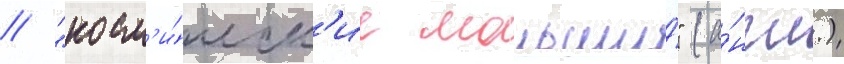
// "косм'и́ческ'ие малыши́" (а́нгл.)